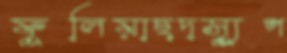
ফুলিয়াছদস্যুপ